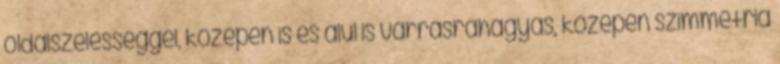
oldalszélességgel, középen is és alul is varrásráhagyás, középen szimmetria